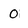
Character: 0